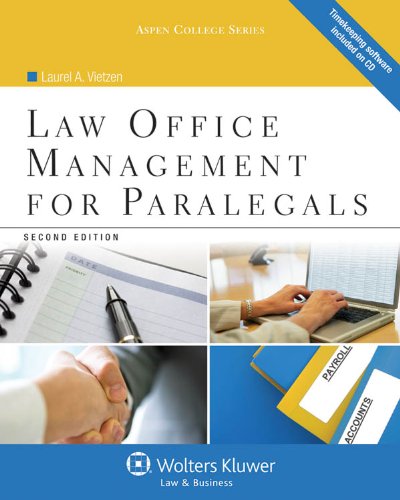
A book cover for Law Office Management for Paralegals, Second Edition (Aspen College); Laurel A. Vietzen; Law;